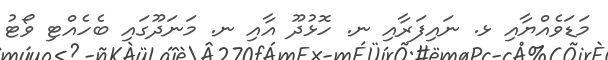
މަޑަވެއްޔާއި ޅ. ނައިފަރާއި ނ. ހޮޅުދޫ އާއި ނ. މަނަދޫގައި ބެހެއްޓި ވޯޓު